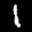
Label: 1